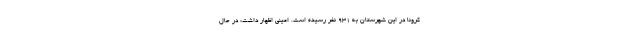
کرونا در این شهرستان به ۹۳۱ نفر رسیده است. امینی اظهار داشت: در حال